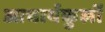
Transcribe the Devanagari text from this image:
आचार्यकुलों